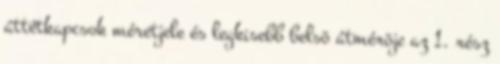
áttétkapcsok méretjele és legkisebb belsõ átmérõje az 1. rész